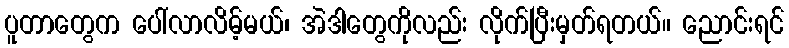
ပူတာတွေက ပေါ်လာလိမ့်မယ်၊ အဲဒါတွေကိုလည်း လိုက်ပြီးမှတ်ရတယ်။ ညောင်းရင်